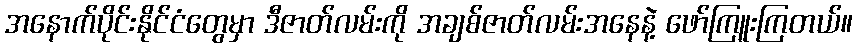
အနောက်ပိုင်းနိုင်ငံတွေမှာ ဒီဇာတ်လမ်းကို အချစ်ဇာတ်လမ်းအနေနဲ့ ဖော်ကြူးကြတယ်။